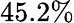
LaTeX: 45.2\%